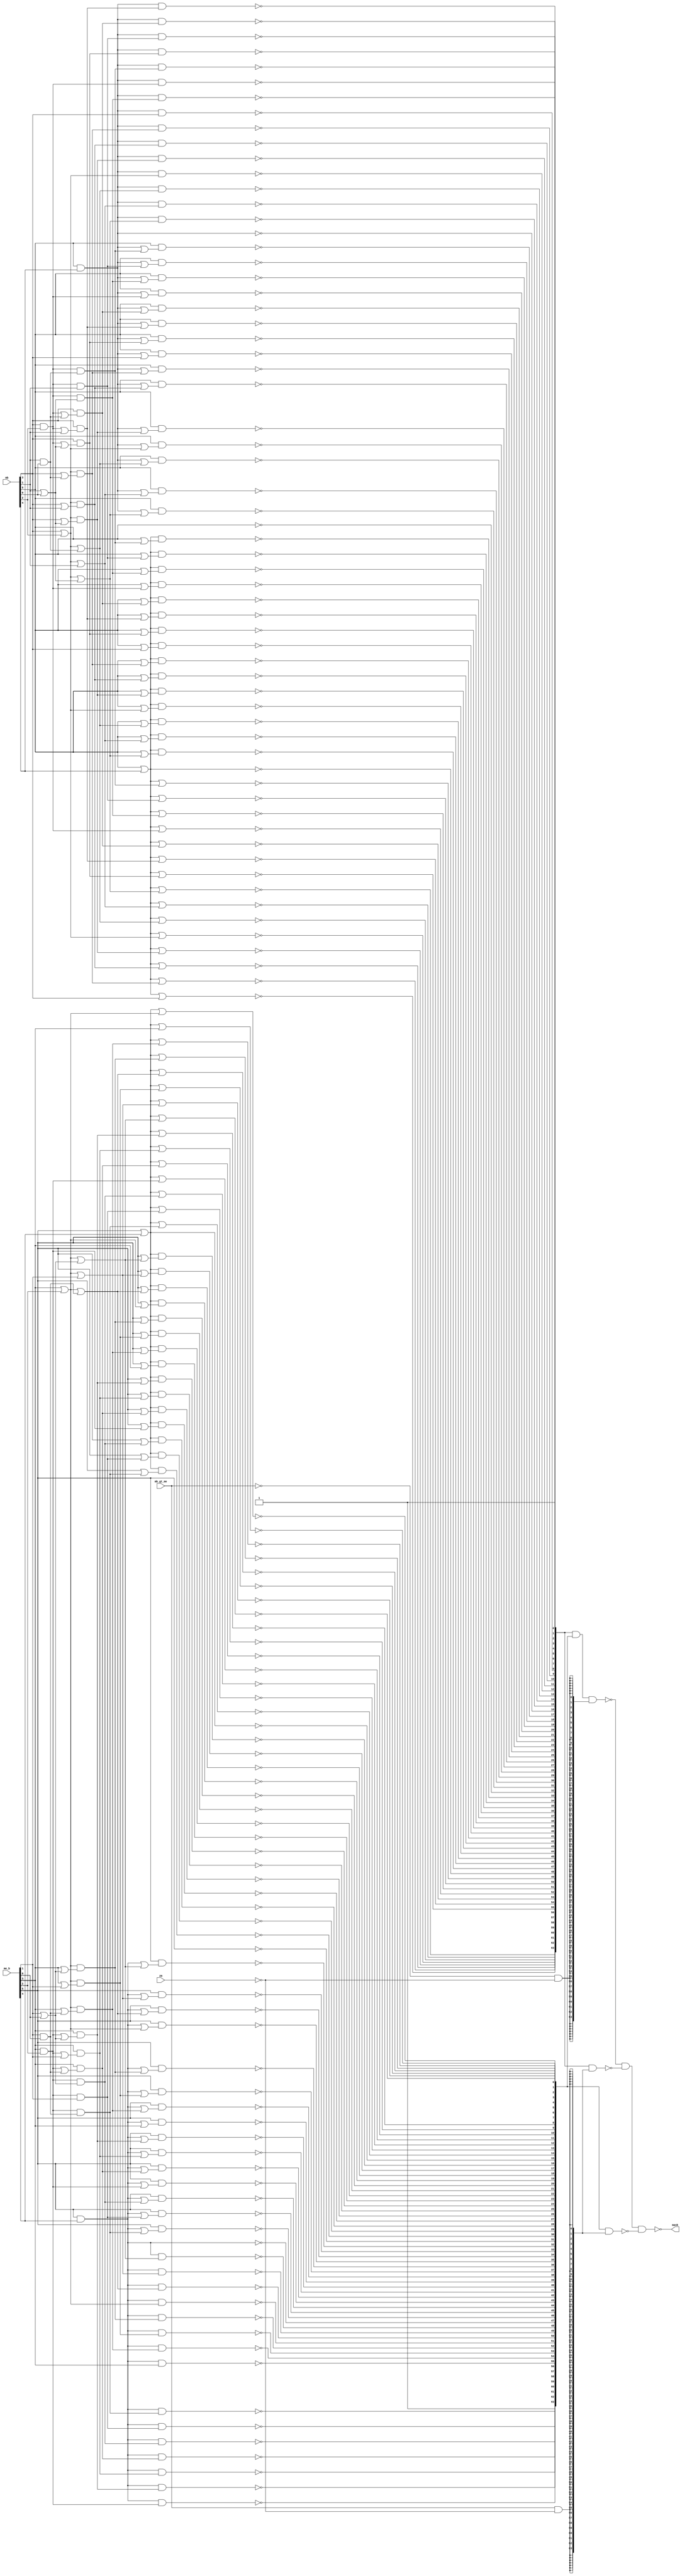
//  IBM Corp. 2020
// Licensed under the Apache License, Version 2.0 (the "License"), as modified by
// the terms below; you may not use the files in this repository except in
// compliance with the License as modified.
// You may obtain a copy of the License at http://www.apache.org/licenses/LICENSE-2.0
//
// Modified Terms:
//
//    1) For the purpose of the patent license granted to you in Section 3 of the
//    License, the "Work" hereby includes implementations of the work of authorship
//    in physical form.
//
//    2) Notwithstanding any terms to the contrary in the License, any licenses
//    necessary for implementation of the Work that are available from OpenPOWER
//    via the Power ISA End User License Agreement (EULA) are explicitly excluded
//    hereunder, and may be obtained from OpenPOWER under the terms and conditions
//    of the EULA.  
//
// Unless required by applicable law or agreed to in writing, the reference design
// distributed under the License is distributed on an "AS IS" BASIS, WITHOUT
// WARRANTIES OR CONDITIONS OF ANY KIND, either express or implied. See the License
// for the specific language governing permissions and limitations under the License.
// 
// Additional rights, including the ability to physically implement a softcore that
// is compliant with the required sections of the Power ISA Specification, are
// available at no cost under the terms of the OpenPOWER Power ISA EULA, which can be
// obtained (along with the Power ISA) here: https://openpowerfoundation.org. 

`timescale 1 ns / 1 ns

//  Description:  XU Rotate - Mask Component
//
//*****************************************************************************

module tri_st_rot_mask(
   mb,
   me_b,
   zm,
   mb_gt_me,
   mask
);
   input [0:5]   mb;		// where the mask begins
   input [0:5]   me_b;		// where the mask ends
   input         zm;		// set mask to all zeroes. ... not a rot/sh op ... all bits are shifted out
   input         mb_gt_me;
   output [0:63] mask;		// mask shows which rotator bits to keep in the result.

   wire          mask_en_and;
   wire          mask_en_mb;
   wire          mask_en_me;
   wire [0:63]   mask0_b;
   wire [0:63]   mask1_b;
   wire [0:63]   mask2_b;
   wire [0:63]   mb_mask;
   wire [0:63]   me_mask;

   wire [0:2]    mb_msk45;
   wire [0:2]    mb_msk45_b;
   wire [0:2]    mb_msk23;
   wire [0:2]    mb_msk23_b;
   wire [0:2]    mb_msk01;
   wire [0:2]    mb_msk01_b;
   wire [0:14]   mb_msk25;
   wire [0:14]   mb_msk25_b;
   wire [0:2]    mb_msk01bb;
   wire [0:2]    mb_msk01bbb;
   wire [1:3]    me_msk01;
   wire [1:3]    me_msk01_b;
   wire [1:3]    me_msk23;
   wire [1:3]    me_msk23_b;
   wire [1:3]    me_msk45;
   wire [1:3]    me_msk45_b;
   wire [1:15]   me_msk25;
   wire [1:15]   me_msk25_b;
   wire [1:3]    me_msk01bbb;
   wire [1:3]    me_msk01bb;

   // -----------------------------------------------------------------------------------------
   // generate the MB mask
   // -----------------------------------------------------------------------------------------
   //        0123
   //       ------
   //  00 => 1111  (ge)
   //  01 => 0111
   //  10 => 0011
   //  11 => 0001

   // level 1 (4 bit results) ------------ <3 loads on input>

   assign mb_msk45[0] = (~(mb[4] | mb[5]));
   assign mb_msk45[1] = (~(mb[4]));
   assign mb_msk45[2] = (~(mb[4] & mb[5]));
   assign mb_msk23[0] = (~(mb[2] | mb[3]));
   assign mb_msk23[1] = (~(mb[2]));
   assign mb_msk23[2] = (~(mb[2] & mb[3]));
   assign mb_msk01[0] = (~(mb[0] | mb[1]));
   assign mb_msk01[1] = (~(mb[0]));
   assign mb_msk01[2] = (~(mb[0] & mb[1]));

   assign mb_msk45_b[0] = (~(mb_msk45[0]));
   assign mb_msk45_b[1] = (~(mb_msk45[1]));
   assign mb_msk45_b[2] = (~(mb_msk45[2]));
   assign mb_msk23_b[0] = (~(mb_msk23[0]));		// 7 loads on output
   assign mb_msk23_b[1] = (~(mb_msk23[1]));
   assign mb_msk23_b[2] = (~(mb_msk23[2]));
   assign mb_msk01_b[0] = (~(mb_msk01[0]));
   assign mb_msk01_b[1] = (~(mb_msk01[1]));
   assign mb_msk01_b[2] = (~(mb_msk01[2]));

   // level 2 (16 bit results) -------------

   assign mb_msk25[0] = (~(mb_msk23_b[0] | mb_msk45_b[0]));
   assign mb_msk25[1] = (~(mb_msk23_b[0] | mb_msk45_b[1]));
   assign mb_msk25[2] = (~(mb_msk23_b[0] | mb_msk45_b[2]));
   assign mb_msk25[3] = (~(mb_msk23_b[0]));
   assign mb_msk25[4] = (~(mb_msk23_b[0] & (mb_msk23_b[1] | mb_msk45_b[0])));
   assign mb_msk25[5] = (~(mb_msk23_b[0] & (mb_msk23_b[1] | mb_msk45_b[1])));
   assign mb_msk25[6] = (~(mb_msk23_b[0] & (mb_msk23_b[1] | mb_msk45_b[2])));
   assign mb_msk25[7] = (~(mb_msk23_b[1]));
   assign mb_msk25[8] = (~(mb_msk23_b[1] & (mb_msk23_b[2] | mb_msk45_b[0])));
   assign mb_msk25[9] = (~(mb_msk23_b[1] & (mb_msk23_b[2] | mb_msk45_b[1])));
   assign mb_msk25[10] = (~(mb_msk23_b[1] & (mb_msk23_b[2] | mb_msk45_b[2])));
   assign mb_msk25[11] = (~(mb_msk23_b[2]));
   assign mb_msk25[12] = (~(mb_msk23_b[2] & mb_msk45_b[0]));
   assign mb_msk25[13] = (~(mb_msk23_b[2] & mb_msk45_b[1]));
   assign mb_msk25[14] = (~(mb_msk23_b[2] & mb_msk45_b[2]));

   assign mb_msk01bb[0] = (~(mb_msk01_b[0]));
   assign mb_msk01bb[1] = (~(mb_msk01_b[1]));
   assign mb_msk01bb[2] = (~(mb_msk01_b[2]));

   assign mb_msk25_b[0] = (~(mb_msk25[0]));
   assign mb_msk25_b[1] = (~(mb_msk25[1]));
   assign mb_msk25_b[2] = (~(mb_msk25[2]));
   assign mb_msk25_b[3] = (~(mb_msk25[3]));
   assign mb_msk25_b[4] = (~(mb_msk25[4]));
   assign mb_msk25_b[5] = (~(mb_msk25[5]));
   assign mb_msk25_b[6] = (~(mb_msk25[6]));
   assign mb_msk25_b[7] = (~(mb_msk25[7]));
   assign mb_msk25_b[8] = (~(mb_msk25[8]));
   assign mb_msk25_b[9] = (~(mb_msk25[9]));
   assign mb_msk25_b[10] = (~(mb_msk25[10]));
   assign mb_msk25_b[11] = (~(mb_msk25[11]));
   assign mb_msk25_b[12] = (~(mb_msk25[12]));
   assign mb_msk25_b[13] = (~(mb_msk25[13]));
   assign mb_msk25_b[14] = (~(mb_msk25[14]));

   assign mb_msk01bbb[0] = (~(mb_msk01bb[0]));
   assign mb_msk01bbb[1] = (~(mb_msk01bb[1]));
   assign mb_msk01bbb[2] = (~(mb_msk01bb[2]));

   // level 3 -------------------------------------------------------
   assign mb_mask[0] = (~(mb_msk01bbb[0] | mb_msk25_b[0]));
   assign mb_mask[1] = (~(mb_msk01bbb[0] | mb_msk25_b[1]));
   assign mb_mask[2] = (~(mb_msk01bbb[0] | mb_msk25_b[2]));
   assign mb_mask[3] = (~(mb_msk01bbb[0] | mb_msk25_b[3]));
   assign mb_mask[4] = (~(mb_msk01bbb[0] | mb_msk25_b[4]));
   assign mb_mask[5] = (~(mb_msk01bbb[0] | mb_msk25_b[5]));
   assign mb_mask[6] = (~(mb_msk01bbb[0] | mb_msk25_b[6]));
   assign mb_mask[7] = (~(mb_msk01bbb[0] | mb_msk25_b[7]));
   assign mb_mask[8] = (~(mb_msk01bbb[0] | mb_msk25_b[8]));
   assign mb_mask[9] = (~(mb_msk01bbb[0] | mb_msk25_b[9]));
   assign mb_mask[10] = (~(mb_msk01bbb[0] | mb_msk25_b[10]));
   assign mb_mask[11] = (~(mb_msk01bbb[0] | mb_msk25_b[11]));
   assign mb_mask[12] = (~(mb_msk01bbb[0] | mb_msk25_b[12]));
   assign mb_mask[13] = (~(mb_msk01bbb[0] | mb_msk25_b[13]));
   assign mb_mask[14] = (~(mb_msk01bbb[0] | mb_msk25_b[14]));
   assign mb_mask[15] = (~(mb_msk01bbb[0]));
   assign mb_mask[16] = (~(mb_msk01bbb[0] & (mb_msk01bbb[1] | mb_msk25_b[0])));
   assign mb_mask[17] = (~(mb_msk01bbb[0] & (mb_msk01bbb[1] | mb_msk25_b[1])));
   assign mb_mask[18] = (~(mb_msk01bbb[0] & (mb_msk01bbb[1] | mb_msk25_b[2])));
   assign mb_mask[19] = (~(mb_msk01bbb[0] & (mb_msk01bbb[1] | mb_msk25_b[3])));
   assign mb_mask[20] = (~(mb_msk01bbb[0] & (mb_msk01bbb[1] | mb_msk25_b[4])));
   assign mb_mask[21] = (~(mb_msk01bbb[0] & (mb_msk01bbb[1] | mb_msk25_b[5])));
   assign mb_mask[22] = (~(mb_msk01bbb[0] & (mb_msk01bbb[1] | mb_msk25_b[6])));
   assign mb_mask[23] = (~(mb_msk01bbb[0] & (mb_msk01bbb[1] | mb_msk25_b[7])));
   assign mb_mask[24] = (~(mb_msk01bbb[0] & (mb_msk01bbb[1] | mb_msk25_b[8])));
   assign mb_mask[25] = (~(mb_msk01bbb[0] & (mb_msk01bbb[1] | mb_msk25_b[9])));
   assign mb_mask[26] = (~(mb_msk01bbb[0] & (mb_msk01bbb[1] | mb_msk25_b[10])));
   assign mb_mask[27] = (~(mb_msk01bbb[0] & (mb_msk01bbb[1] | mb_msk25_b[11])));
   assign mb_mask[28] = (~(mb_msk01bbb[0] & (mb_msk01bbb[1] | mb_msk25_b[12])));
   assign mb_mask[29] = (~(mb_msk01bbb[0] & (mb_msk01bbb[1] | mb_msk25_b[13])));
   assign mb_mask[30] = (~(mb_msk01bbb[0] & (mb_msk01bbb[1] | mb_msk25_b[14])));
   assign mb_mask[31] = (~(mb_msk01bbb[1]));
   assign mb_mask[32] = (~(mb_msk01bbb[1] & (mb_msk01bbb[2] | mb_msk25_b[0])));
   assign mb_mask[33] = (~(mb_msk01bbb[1] & (mb_msk01bbb[2] | mb_msk25_b[1])));
   assign mb_mask[34] = (~(mb_msk01bbb[1] & (mb_msk01bbb[2] | mb_msk25_b[2])));
   assign mb_mask[35] = (~(mb_msk01bbb[1] & (mb_msk01bbb[2] | mb_msk25_b[3])));
   assign mb_mask[36] = (~(mb_msk01bbb[1] & (mb_msk01bbb[2] | mb_msk25_b[4])));
   assign mb_mask[37] = (~(mb_msk01bbb[1] & (mb_msk01bbb[2] | mb_msk25_b[5])));
   assign mb_mask[38] = (~(mb_msk01bbb[1] & (mb_msk01bbb[2] | mb_msk25_b[6])));
   assign mb_mask[39] = (~(mb_msk01bbb[1] & (mb_msk01bbb[2] | mb_msk25_b[7])));
   assign mb_mask[40] = (~(mb_msk01bbb[1] & (mb_msk01bbb[2] | mb_msk25_b[8])));
   assign mb_mask[41] = (~(mb_msk01bbb[1] & (mb_msk01bbb[2] | mb_msk25_b[9])));
   assign mb_mask[42] = (~(mb_msk01bbb[1] & (mb_msk01bbb[2] | mb_msk25_b[10])));
   assign mb_mask[43] = (~(mb_msk01bbb[1] & (mb_msk01bbb[2] | mb_msk25_b[11])));
   assign mb_mask[44] = (~(mb_msk01bbb[1] & (mb_msk01bbb[2] | mb_msk25_b[12])));
   assign mb_mask[45] = (~(mb_msk01bbb[1] & (mb_msk01bbb[2] | mb_msk25_b[13])));
   assign mb_mask[46] = (~(mb_msk01bbb[1] & (mb_msk01bbb[2] | mb_msk25_b[14])));
   assign mb_mask[47] = (~(mb_msk01bbb[2]));
   assign mb_mask[48] = (~(mb_msk01bbb[2] & mb_msk25_b[0]));
   assign mb_mask[49] = (~(mb_msk01bbb[2] & mb_msk25_b[1]));
   assign mb_mask[50] = (~(mb_msk01bbb[2] & mb_msk25_b[2]));
   assign mb_mask[51] = (~(mb_msk01bbb[2] & mb_msk25_b[3]));
   assign mb_mask[52] = (~(mb_msk01bbb[2] & mb_msk25_b[4]));
   assign mb_mask[53] = (~(mb_msk01bbb[2] & mb_msk25_b[5]));
   assign mb_mask[54] = (~(mb_msk01bbb[2] & mb_msk25_b[6]));
   assign mb_mask[55] = (~(mb_msk01bbb[2] & mb_msk25_b[7]));
   assign mb_mask[56] = (~(mb_msk01bbb[2] & mb_msk25_b[8]));
   assign mb_mask[57] = (~(mb_msk01bbb[2] & mb_msk25_b[9]));
   assign mb_mask[58] = (~(mb_msk01bbb[2] & mb_msk25_b[10]));
   assign mb_mask[59] = (~(mb_msk01bbb[2] & mb_msk25_b[11]));
   assign mb_mask[60] = (~(mb_msk01bbb[2] & mb_msk25_b[12]));
   assign mb_mask[61] = (~(mb_msk01bbb[2] & mb_msk25_b[13]));
   assign mb_mask[62] = (~(mb_msk01bbb[2] & mb_msk25_b[14]));
   assign mb_mask[63] = 1;

   // -----------------------------------------------------------------------------------------
   // generate the ME mask
   // -----------------------------------------------------------------------------------------

   // level 1 (4 bit results) ------------ <3 loads on input>

   assign me_msk45[1] = (~(me_b[4] & me_b[5]));
   assign me_msk45[2] = (~(me_b[4]));
   assign me_msk45[3] = (~(me_b[4] | me_b[5]));

   assign me_msk23[1] = (~(me_b[2] & me_b[3]));
   assign me_msk23[2] = (~(me_b[2]));
   assign me_msk23[3] = (~(me_b[2] | me_b[3]));

   assign me_msk01[1] = (~(me_b[0] & me_b[1]));
   assign me_msk01[2] = (~(me_b[0]));
   assign me_msk01[3] = (~(me_b[0] | me_b[1]));

   assign me_msk45_b[1] = (~(me_msk45[1]));
   assign me_msk45_b[2] = (~(me_msk45[2]));
   assign me_msk45_b[3] = (~(me_msk45[3]));
   assign me_msk23_b[1] = (~(me_msk23[1]));		// 7 loads on output
   assign me_msk23_b[2] = (~(me_msk23[2]));
   assign me_msk23_b[3] = (~(me_msk23[3]));
   assign me_msk01_b[1] = (~(me_msk01[1]));
   assign me_msk01_b[2] = (~(me_msk01[2]));
   assign me_msk01_b[3] = (~(me_msk01[3]));

   // level 2 (16 bit results) -------------

   assign me_msk25[1] = (~(me_msk23_b[1] & me_msk45_b[1]));		// amt >=  1    4:15 + 1:3
   assign me_msk25[2] = (~(me_msk23_b[1] & me_msk45_b[2]));		// amt >=  2    4:15 + 2:3
   assign me_msk25[3] = (~(me_msk23_b[1] & me_msk45_b[3]));		// amt >=  3    4:15 + 3:3
   assign me_msk25[4] = (~(me_msk23_b[1]));		// amt >=  4    4:15
   assign me_msk25[5] = (~(me_msk23_b[2] & (me_msk23_b[1] | me_msk45_b[1])));		// amt >=  5    8:15 + (4:15 * 1:3)
   assign me_msk25[6] = (~(me_msk23_b[2] & (me_msk23_b[1] | me_msk45_b[2])));		// amt >=  6    8:15 + (4:15 * 2:3)
   assign me_msk25[7] = (~(me_msk23_b[2] & (me_msk23_b[1] | me_msk45_b[3])));		// amt >=  7    8:15 + (4:15 * 3:3)
   assign me_msk25[8] = (~(me_msk23_b[2]));		// amt >=  8    8:15
   assign me_msk25[9] = (~(me_msk23_b[3] & (me_msk23_b[2] | me_msk45_b[1])));		// amt >=  9   12:15 + (8:15 * 1:3)
   assign me_msk25[10] = (~(me_msk23_b[3] & (me_msk23_b[2] | me_msk45_b[2])));		// amt >= 10   12:15 + (8:15 * 2:3)
   assign me_msk25[11] = (~(me_msk23_b[3] & (me_msk23_b[2] | me_msk45_b[3])));		// amt >= 11   12:15 + (8:15 * 3:3)
   assign me_msk25[12] = (~(me_msk23_b[3]));		// amt >= 12   12:15
   assign me_msk25[13] = (~(me_msk23_b[3] | me_msk45_b[1]));		// amt >= 13   12:15 & 1:3
   assign me_msk25[14] = (~(me_msk23_b[3] | me_msk45_b[2]));		// amt >= 14   12:15 & 2:3
   assign me_msk25[15] = (~(me_msk23_b[3] | me_msk45_b[3]));		// amt >= 15   12:15 & 3:3

   assign me_msk01bb[1] = (~(me_msk01_b[1]));
   assign me_msk01bb[2] = (~(me_msk01_b[2]));
   assign me_msk01bb[3] = (~(me_msk01_b[3]));

   assign me_msk25_b[1] = (~(me_msk25[1]));
   assign me_msk25_b[2] = (~(me_msk25[2]));
   assign me_msk25_b[3] = (~(me_msk25[3]));
   assign me_msk25_b[4] = (~(me_msk25[4]));
   assign me_msk25_b[5] = (~(me_msk25[5]));
   assign me_msk25_b[6] = (~(me_msk25[6]));
   assign me_msk25_b[7] = (~(me_msk25[7]));
   assign me_msk25_b[8] = (~(me_msk25[8]));
   assign me_msk25_b[9] = (~(me_msk25[9]));
   assign me_msk25_b[10] = (~(me_msk25[10]));
   assign me_msk25_b[11] = (~(me_msk25[11]));
   assign me_msk25_b[12] = (~(me_msk25[12]));
   assign me_msk25_b[13] = (~(me_msk25[13]));
   assign me_msk25_b[14] = (~(me_msk25[14]));
   assign me_msk25_b[15] = (~(me_msk25[15]));

   assign me_msk01bbb[1] = (~(me_msk01bb[1]));
   assign me_msk01bbb[2] = (~(me_msk01bb[2]));
   assign me_msk01bbb[3] = (~(me_msk01bb[3]));

   // level 3 (16 bit results) -------------

   assign me_mask[0] = 1;
   assign me_mask[1] = (~(me_msk01bbb[1] & me_msk25_b[1]));
   assign me_mask[2] = (~(me_msk01bbb[1] & me_msk25_b[2]));
   assign me_mask[3] = (~(me_msk01bbb[1] & me_msk25_b[3]));
   assign me_mask[4] = (~(me_msk01bbb[1] & me_msk25_b[4]));
   assign me_mask[5] = (~(me_msk01bbb[1] & me_msk25_b[5]));
   assign me_mask[6] = (~(me_msk01bbb[1] & me_msk25_b[6]));
   assign me_mask[7] = (~(me_msk01bbb[1] & me_msk25_b[7]));
   assign me_mask[8] = (~(me_msk01bbb[1] & me_msk25_b[8]));
   assign me_mask[9] = (~(me_msk01bbb[1] & me_msk25_b[9]));
   assign me_mask[10] = (~(me_msk01bbb[1] & me_msk25_b[10]));
   assign me_mask[11] = (~(me_msk01bbb[1] & me_msk25_b[11]));
   assign me_mask[12] = (~(me_msk01bbb[1] & me_msk25_b[12]));
   assign me_mask[13] = (~(me_msk01bbb[1] & me_msk25_b[13]));
   assign me_mask[14] = (~(me_msk01bbb[1] & me_msk25_b[14]));
   assign me_mask[15] = (~(me_msk01bbb[1] & me_msk25_b[15]));
   assign me_mask[16] = (~(me_msk01bbb[1]));
   assign me_mask[17] = (~(me_msk01bbb[2] & (me_msk01bbb[1] | me_msk25_b[1])));
   assign me_mask[18] = (~(me_msk01bbb[2] & (me_msk01bbb[1] | me_msk25_b[2])));
   assign me_mask[19] = (~(me_msk01bbb[2] & (me_msk01bbb[1] | me_msk25_b[3])));
   assign me_mask[20] = (~(me_msk01bbb[2] & (me_msk01bbb[1] | me_msk25_b[4])));
   assign me_mask[21] = (~(me_msk01bbb[2] & (me_msk01bbb[1] | me_msk25_b[5])));
   assign me_mask[22] = (~(me_msk01bbb[2] & (me_msk01bbb[1] | me_msk25_b[6])));
   assign me_mask[23] = (~(me_msk01bbb[2] & (me_msk01bbb[1] | me_msk25_b[7])));
   assign me_mask[24] = (~(me_msk01bbb[2] & (me_msk01bbb[1] | me_msk25_b[8])));
   assign me_mask[25] = (~(me_msk01bbb[2] & (me_msk01bbb[1] | me_msk25_b[9])));
   assign me_mask[26] = (~(me_msk01bbb[2] & (me_msk01bbb[1] | me_msk25_b[10])));
   assign me_mask[27] = (~(me_msk01bbb[2] & (me_msk01bbb[1] | me_msk25_b[11])));
   assign me_mask[28] = (~(me_msk01bbb[2] & (me_msk01bbb[1] | me_msk25_b[12])));
   assign me_mask[29] = (~(me_msk01bbb[2] & (me_msk01bbb[1] | me_msk25_b[13])));
   assign me_mask[30] = (~(me_msk01bbb[2] & (me_msk01bbb[1] | me_msk25_b[14])));
   assign me_mask[31] = (~(me_msk01bbb[2] & (me_msk01bbb[1] | me_msk25_b[15])));
   assign me_mask[32] = (~(me_msk01bbb[2]));
   assign me_mask[33] = (~(me_msk01bbb[3] & (me_msk01bbb[2] | me_msk25_b[1])));
   assign me_mask[34] = (~(me_msk01bbb[3] & (me_msk01bbb[2] | me_msk25_b[2])));
   assign me_mask[35] = (~(me_msk01bbb[3] & (me_msk01bbb[2] | me_msk25_b[3])));
   assign me_mask[36] = (~(me_msk01bbb[3] & (me_msk01bbb[2] | me_msk25_b[4])));
   assign me_mask[37] = (~(me_msk01bbb[3] & (me_msk01bbb[2] | me_msk25_b[5])));
   assign me_mask[38] = (~(me_msk01bbb[3] & (me_msk01bbb[2] | me_msk25_b[6])));
   assign me_mask[39] = (~(me_msk01bbb[3] & (me_msk01bbb[2] | me_msk25_b[7])));
   assign me_mask[40] = (~(me_msk01bbb[3] & (me_msk01bbb[2] | me_msk25_b[8])));
   assign me_mask[41] = (~(me_msk01bbb[3] & (me_msk01bbb[2] | me_msk25_b[9])));
   assign me_mask[42] = (~(me_msk01bbb[3] & (me_msk01bbb[2] | me_msk25_b[10])));
   assign me_mask[43] = (~(me_msk01bbb[3] & (me_msk01bbb[2] | me_msk25_b[11])));
   assign me_mask[44] = (~(me_msk01bbb[3] & (me_msk01bbb[2] | me_msk25_b[12])));
   assign me_mask[45] = (~(me_msk01bbb[3] & (me_msk01bbb[2] | me_msk25_b[13])));
   assign me_mask[46] = (~(me_msk01bbb[3] & (me_msk01bbb[2] | me_msk25_b[14])));
   assign me_mask[47] = (~(me_msk01bbb[3] & (me_msk01bbb[2] | me_msk25_b[15])));
   assign me_mask[48] = (~(me_msk01bbb[3]));
   assign me_mask[49] = (~(me_msk01bbb[3] | me_msk25_b[1]));
   assign me_mask[50] = (~(me_msk01bbb[3] | me_msk25_b[2]));
   assign me_mask[51] = (~(me_msk01bbb[3] | me_msk25_b[3]));
   assign me_mask[52] = (~(me_msk01bbb[3] | me_msk25_b[4]));
   assign me_mask[53] = (~(me_msk01bbb[3] | me_msk25_b[5]));
   assign me_mask[54] = (~(me_msk01bbb[3] | me_msk25_b[6]));
   assign me_mask[55] = (~(me_msk01bbb[3] | me_msk25_b[7]));
   assign me_mask[56] = (~(me_msk01bbb[3] | me_msk25_b[8]));
   assign me_mask[57] = (~(me_msk01bbb[3] | me_msk25_b[9]));
   assign me_mask[58] = (~(me_msk01bbb[3] | me_msk25_b[10]));
   assign me_mask[59] = (~(me_msk01bbb[3] | me_msk25_b[11]));
   assign me_mask[60] = (~(me_msk01bbb[3] | me_msk25_b[12]));
   assign me_mask[61] = (~(me_msk01bbb[3] | me_msk25_b[13]));
   assign me_mask[62] = (~(me_msk01bbb[3] | me_msk25_b[14]));
   assign me_mask[63] = (~(me_msk01bbb[3] | me_msk25_b[15]));

   // ------------------------------------------------------------------------------------------
   // Generally the mask starts at bit MB[] and ends at bit ME[] ... (MB[] and ME[])
   // For non-rotate/shift operations the mask is forced to zero by the ZM control.
   // There are 3 rotate-word operations where MB could be greater than ME.
   // in that case the mask is speced to be  (MB[] or ME[]).
   // For those cases, the mask always comes from the instruction bits, is always word mode,
   // and the MB>ME compare can be done during the instruction decode cycle.
   // -------------------------------------------------------------------------------------------

   assign mask_en_and = (~mb_gt_me) & (~zm);		// could restrict this to only rotates if shifts included below
   assign mask_en_mb = mb_gt_me & (~zm);		// could alternatively include shift right
   assign mask_en_me = mb_gt_me & (~zm);		// could alternatively include shift left

   assign mask0_b[0:63] = (~(mb_mask[0:63] & me_mask[0:63] & {64{mask_en_and}}));
   assign mask1_b[0:63] = (~(mb_mask[0:63] & {64{mask_en_mb}}));
   assign mask2_b[0:63] = (~(me_mask[0:63] & {64{mask_en_me}}));

   assign mask[0:63] = (~(mask0_b[0:63] & mask1_b[0:63] & mask2_b[0:63]));


endmodule